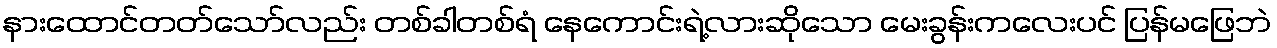
နားထောင်တတ်သော်လည်း တစ်ခါတစ်ရံ နေကောင်းရဲ့လားဆိုသော မေးခွန်းကလေးပင် ပြန်မဖြေဘဲ